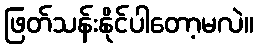
ဖြတ်သန်းနိုင်ပါတော့မလဲ။